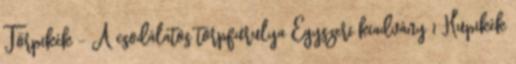
Törpikék - A csodálatos törpfurulya Egyszeri kiadvány 1 Hupikék